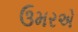
ઉમરએ